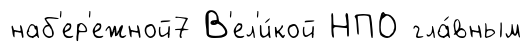
наб'ер'ежной7 В'ел'и́кой НПО гла́вным